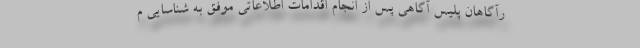
رآگاهان پلیس آگاهی پس از انجام اقدامات اطلاعاتی موفق به شناسایی م